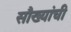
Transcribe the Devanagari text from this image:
सौख्यांची